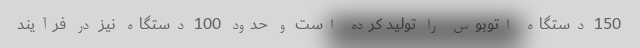
150 دستگاه اتوبوس را تولید کرده است و حدود 100 دستگاه نیز در فرآیند